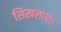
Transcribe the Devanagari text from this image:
सिखलाया।